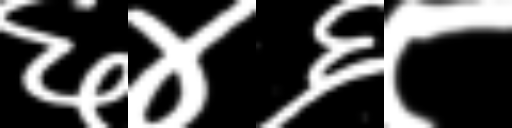
Text: ६४६८